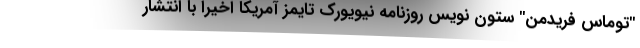
"توماس فریدمن" ستون نویس روزنامه نیویورک تایمز آمریکا اخیرا با انتشار